Regulations for the medical services of the Army of India
Year: 1930
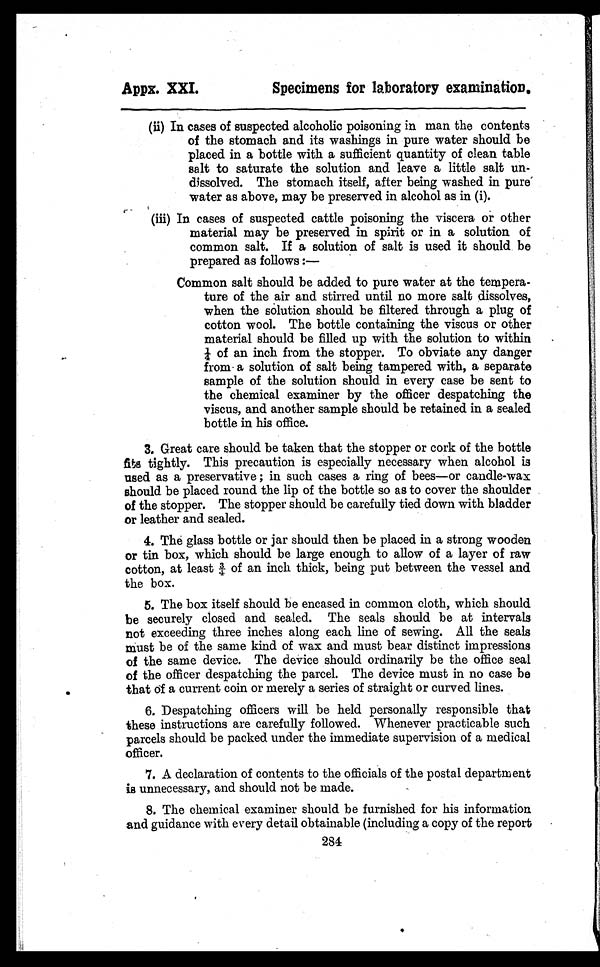
Appx. XXI.
Specimens for laboratory examination.
2
(ii) In cases of suspected alcoholic poisoning in man the contents
of the stomach and its washings in pure water should be
placed in a bottle with a sufficient quantity of clean table
salt to saturate the solution and leave a little salt un-
dissolved. The stomach itself, after being washed in pure
water as above, may be preserved in alcohol as in (i).
(iii) In cases of suspected cattle poisoning the viscera or other
material may be preserved in spirit or in a solution of
common salt. If a solution of salt is used it should be
prepared as follows :
—
Common salt should be added to pure water at the tempera-
ture of the air and stirred until no more salt dissolves,
when the solution should be filtered through a plug of
cotton wool. The bottle containing the viscus or other
material should be filled up with the solution to within 1/4
of an inch from the stopper. To obviate any danger
from a solution of salt being tampered with, a separate
sample of the solution should in every case be sent to
the chemical examiner by the officer despatching the
viscus, and another sample should be retained in a sealed
bottle in his office.
3. Great care should be taken that the stopper or cork of the bottle
fits tightly. This precaution is especially necessary when alcohol is
used as a preservative ; in such cases a ring of bees—or candle-wax
should be placed round the lip of the bottle so as to cover the shoulder
of the stopper. The stopper should be carefully tied down with bladder
or leather and sealed.
4. The glass bottle or jar should then be placed in a strong wooden
or tin box, which should be large enough to allow of a layer of raw
cot t on, at l eas t 3/ 4 of an i nch t hi ck, bei ng put bet ween t he ves s el and
the box.
5. The box itself should be encased in common cloth, which should
be securely closed and sealed. The seals should be at intervals
not exceeding three inches along each line of sewing. All the seals
must be of the same kind of wax and must bear distinct impressions
of the same device. The device should ordinarily be the office seal
of the officer despatching the parcel. The device must in no case be
that of a current coin or merely a series of straight or curved lines.
6. Despatching officers will be held personally responsible that
these instructions are carefully followed. Whenever practicable such
parcels should be packed under the immediate supervision of a medical
officer.
7. A declaration of contents to the officials of the postal department
is unnecessary, and should not be made.
8. The chemical examiner should be furnished for his information
and guidance with every detail obtainable (including a copy of the report
284